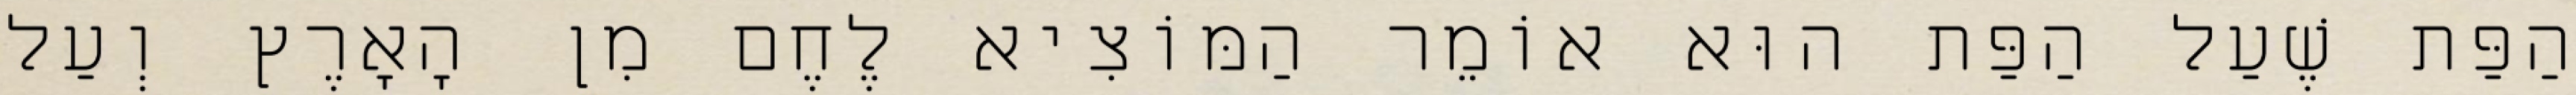
הַפַּת שֶׁעַל הַפַּת הוּא אוֹמֵר הַמּוֹצִיא לֶחֶם מִן הָאָרֶץ וְעַל